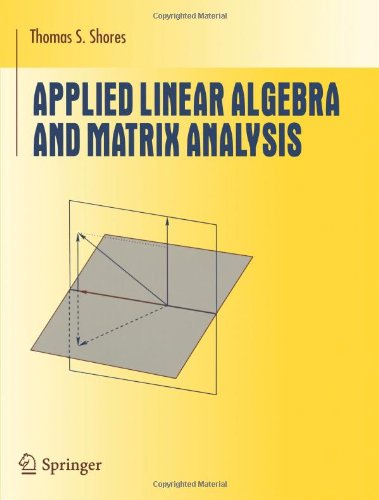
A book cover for Applied Linear Algebra and Matrix Analysis (Undergraduate Texts in Mathematics); Thomas S. Shores; Science & Math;